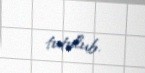
tutulub.